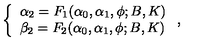
\left\{ \begin{array} { l l } { \alpha _ { 2 } = F _ { 1 } ( \alpha _ { 0 } , \alpha _ { 1 } , \phi ; B , K ) } \\ { \beta _ { 2 } = F _ { 2 } ( \alpha _ { 0 } , \alpha _ { 1 } , \phi ; B , K ) } \\ \end{array} \right. ,